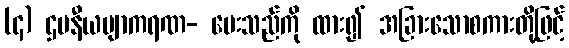
(၄) ဌပနီယဗျာကရဏ- မေးသည်ကို ထား၍ အခြားသောစကားတို့ဖြင့်